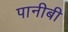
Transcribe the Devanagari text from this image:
पानीबी